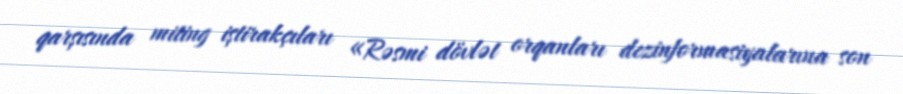
qarşısında miting iştirakçıları «Rəsmi dövlət orqanları dezinformasiyalarına son